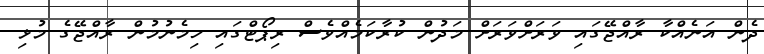
ދެން އަނެއްކާ ރާއްޖޭގައި ވަރަށްވަރަށް މަދުން ކުރާކަމެއްވެސް ރިޕޯޓްގައި ހިމެނުމުން ރާއްޖޭގެ މުޅި